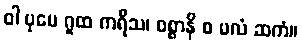
ဝါ ပုမေ ဂူထ ကရီသ၊ ဝစ္စာနိ စ မလံ ဆကံ။